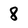
Character: 8